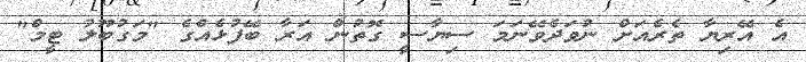
އެ އޭރިޔާ ތެރެއަށް ނުވަދެވޭނަމަ ސިޔާސީ ގޮތުން އަރާ ބޭފުޅެއްގެ "މަގުބޫލު ޓީމް"